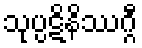
သုပ္ပဋိနိဿဂ္ဂီ